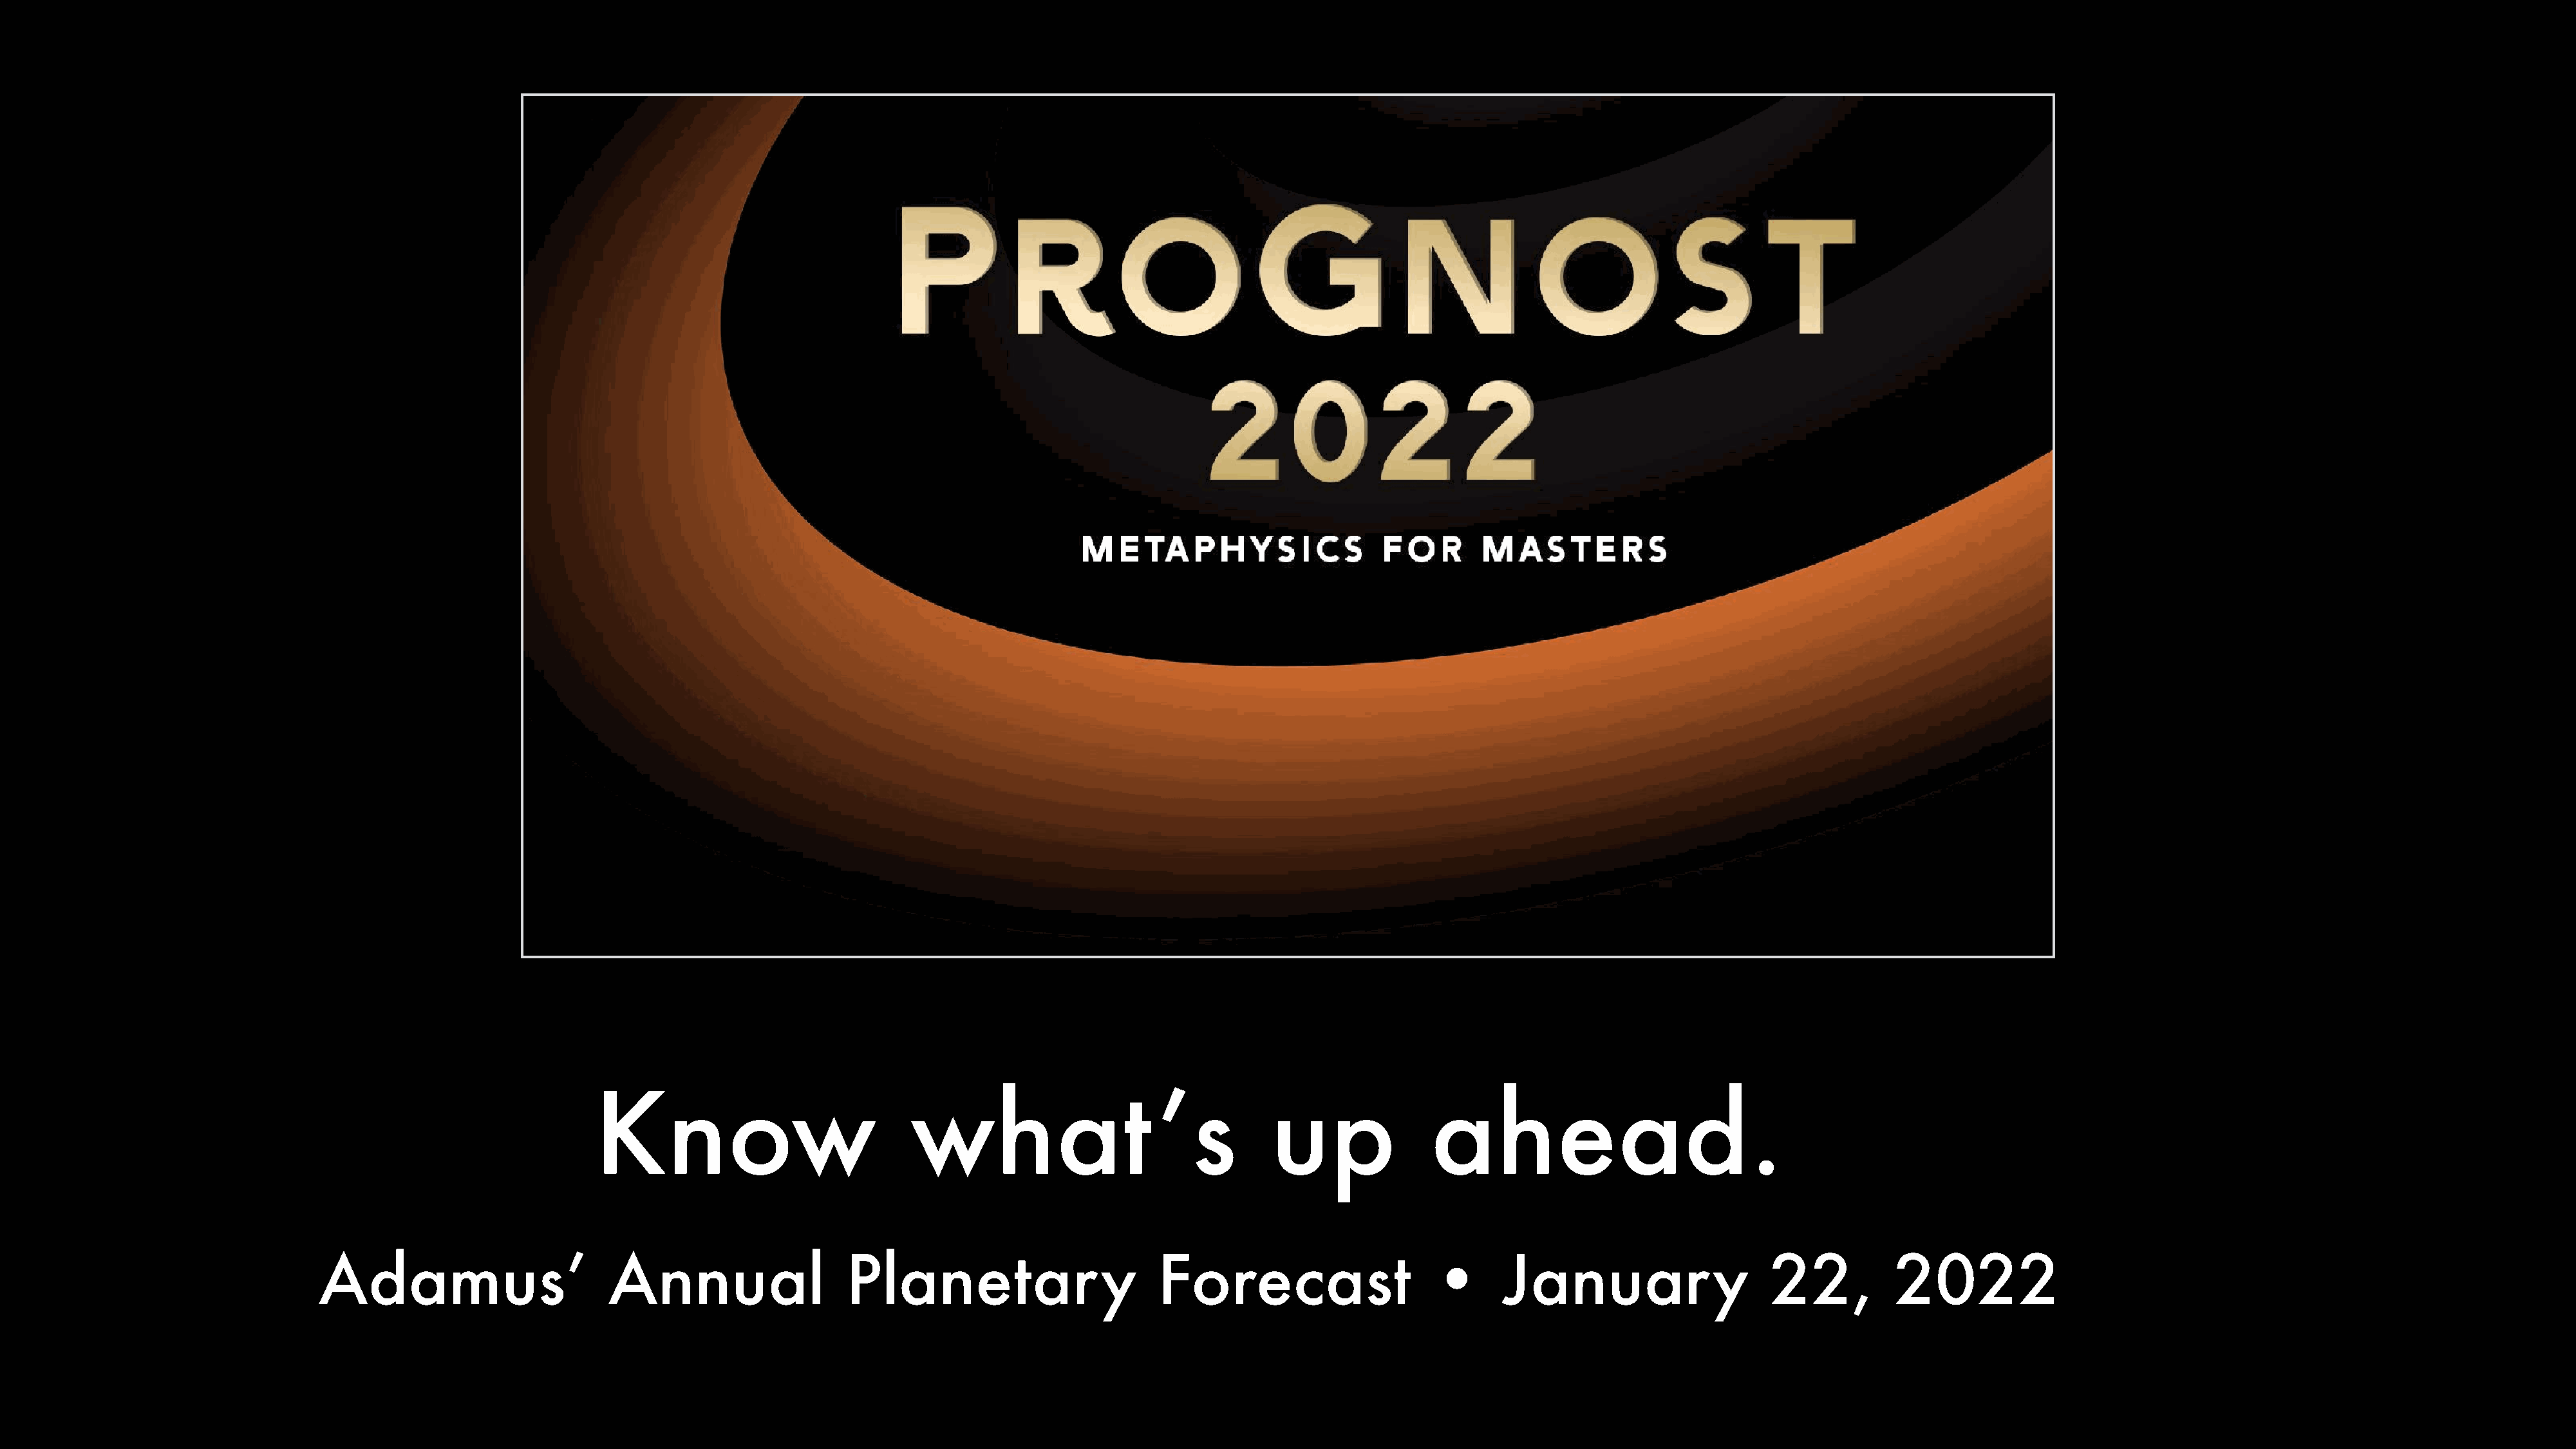
Know                             what                     ’s          up              ahead.
 Adamus’                       Annual                  Planetary                       Forecast                    •       January                    22,          2022